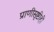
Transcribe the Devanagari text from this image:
प्राणीसृष्टीही